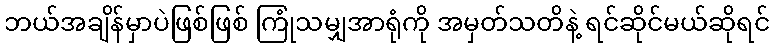
ဘယ်အချိန်မှာပဲဖြစ်ဖြစ် ကြုံသမျှအာရုံကို အမှတ်သတိနဲ့ ရင်ဆိုင်မယ်ဆိုရင်